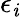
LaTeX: \epsilon_{\mathit{i}}